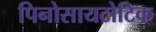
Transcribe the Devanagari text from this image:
पिनोसायटोटिक